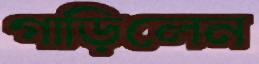
গাড়িলেন